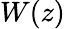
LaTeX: W(z)